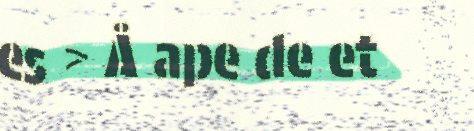
es > Å ape de et